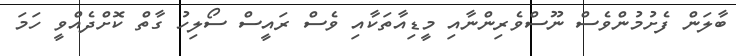
ބާލަން ފެށުމުންވެސް ނޫސްވެރިންނާއި މީޑިއާތަކާއި ވެސް ރައީސް ސޯލިހު ގާތް ކޮށްދެއްވީ ހަމަ